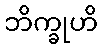
ဘိက္ခုဟိ